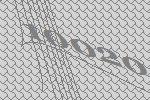
10020